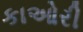
કાઓરી